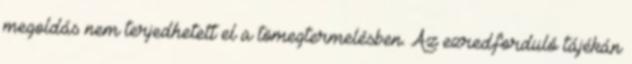
megoldás nem terjedhetett el a tömegtermelésben. Az ezredforduló tájékán